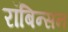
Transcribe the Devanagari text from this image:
रॉबिन्सन